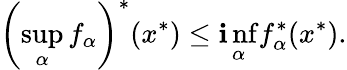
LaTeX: \left(\operatorname*{sup}_{\alpha}f_{\alpha}\right)^{*}(x^{*})\leq\operatorname*{\mathbf{i}nf}_{\alpha}f_{\alpha}^{*}(x^{*}).